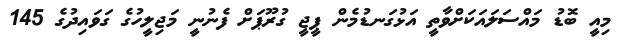
މިއީ ބޮޑު މައްސަލައަކަށްވާތީ އަޅުގަނޑުމެން ޕީޖީ ގުރޫޕަށް ފެނުނީ މަޖިލީހުގެ ގަވައިދުގެ 145